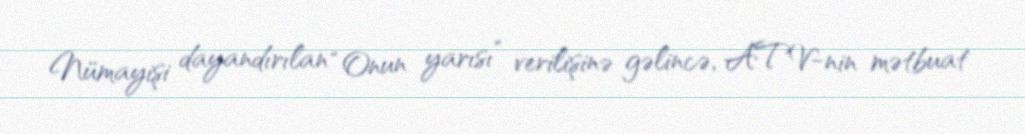
Nümayişi dayandırılan “Onun yarısı” verilişinə gəlincə, ATV-nin mətbuat